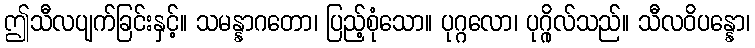
ဤသီလပျက်ခြင်းနှင့်။ သမန္နာဂတော၊ ပြည့်စုံသော။ ပုဂ္ဂလော၊ ပုဂ္ဂိုလ်သည်။ သီလဝိပန္နော၊